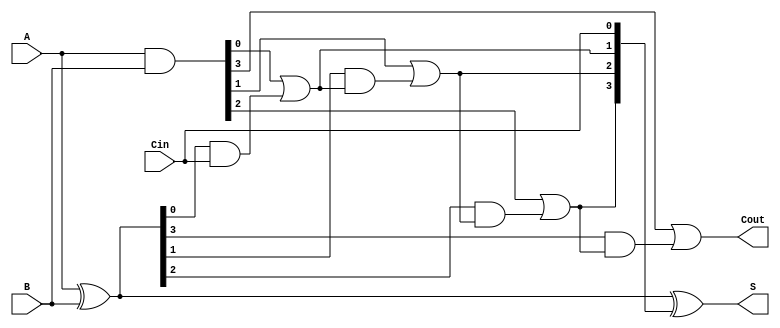
module RCLA #(parameter n = 4) (
    input [n-1:0] A,      // First n-bit input
    input [n-1:0] B,      // Second n-bit input
    input Cin,            // Carry-in
    output [n-1:0] S,     // n-bit sum output
    output Cout           // Carry-out
);

    // Generate and Propagate signals
    wire [n-1:0] G; // Generate signals
    wire [n-1:0] P; // Propagate signals
    wire [n:0] C;   // Carry signals (C[0] is Cin)

    // Generate and Propagate calculations
    assign G = A & B;          // G[i] = A[i] & B[i]
    assign P = A ^ B;          // P[i] = A[i] ^ B[i]

    // Carry calculations
    assign C[0] = Cin;         // C[0] = Cin
    genvar i;
    generate
        for (i = 0; i < n; i = i + 1) begin : carry_gen
            if (i == 0) begin
                assign C[i + 1] = G[i] | (P[i] & C[i]); // C[1] = G[0] + (P[0] * C[0])
            end else begin
                assign C[i + 1] = G[i] | (P[i] & C[i]); // C[i + 1] = G[i] + (P[i] * C[i])
            end
        end
    endgenerate

    // Sum calculations
    assign S = P ^ C[n-1:0]; // S[i] = P[i] ^ C[i]

    // Final Carry-Out
    assign Cout = C[n]; // Cout = C[n]

endmodule